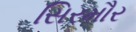
સિરમૌર